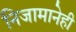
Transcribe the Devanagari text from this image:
निजामानेही